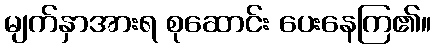
မျက်နှာအားရ စုဆောင်း ပေးနေကြ၏။